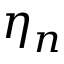
\eta _ { n }